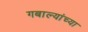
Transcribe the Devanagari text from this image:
गबाल्यांच्या